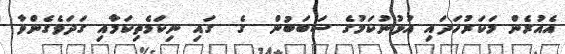
އެއުރެން މަކަރުހަދައި އުޅުނުކަމުގެ ސަބަބުން  ގެ  ގައި ނިކަމެތިކަމާއި ގަދަވެގެންވާ